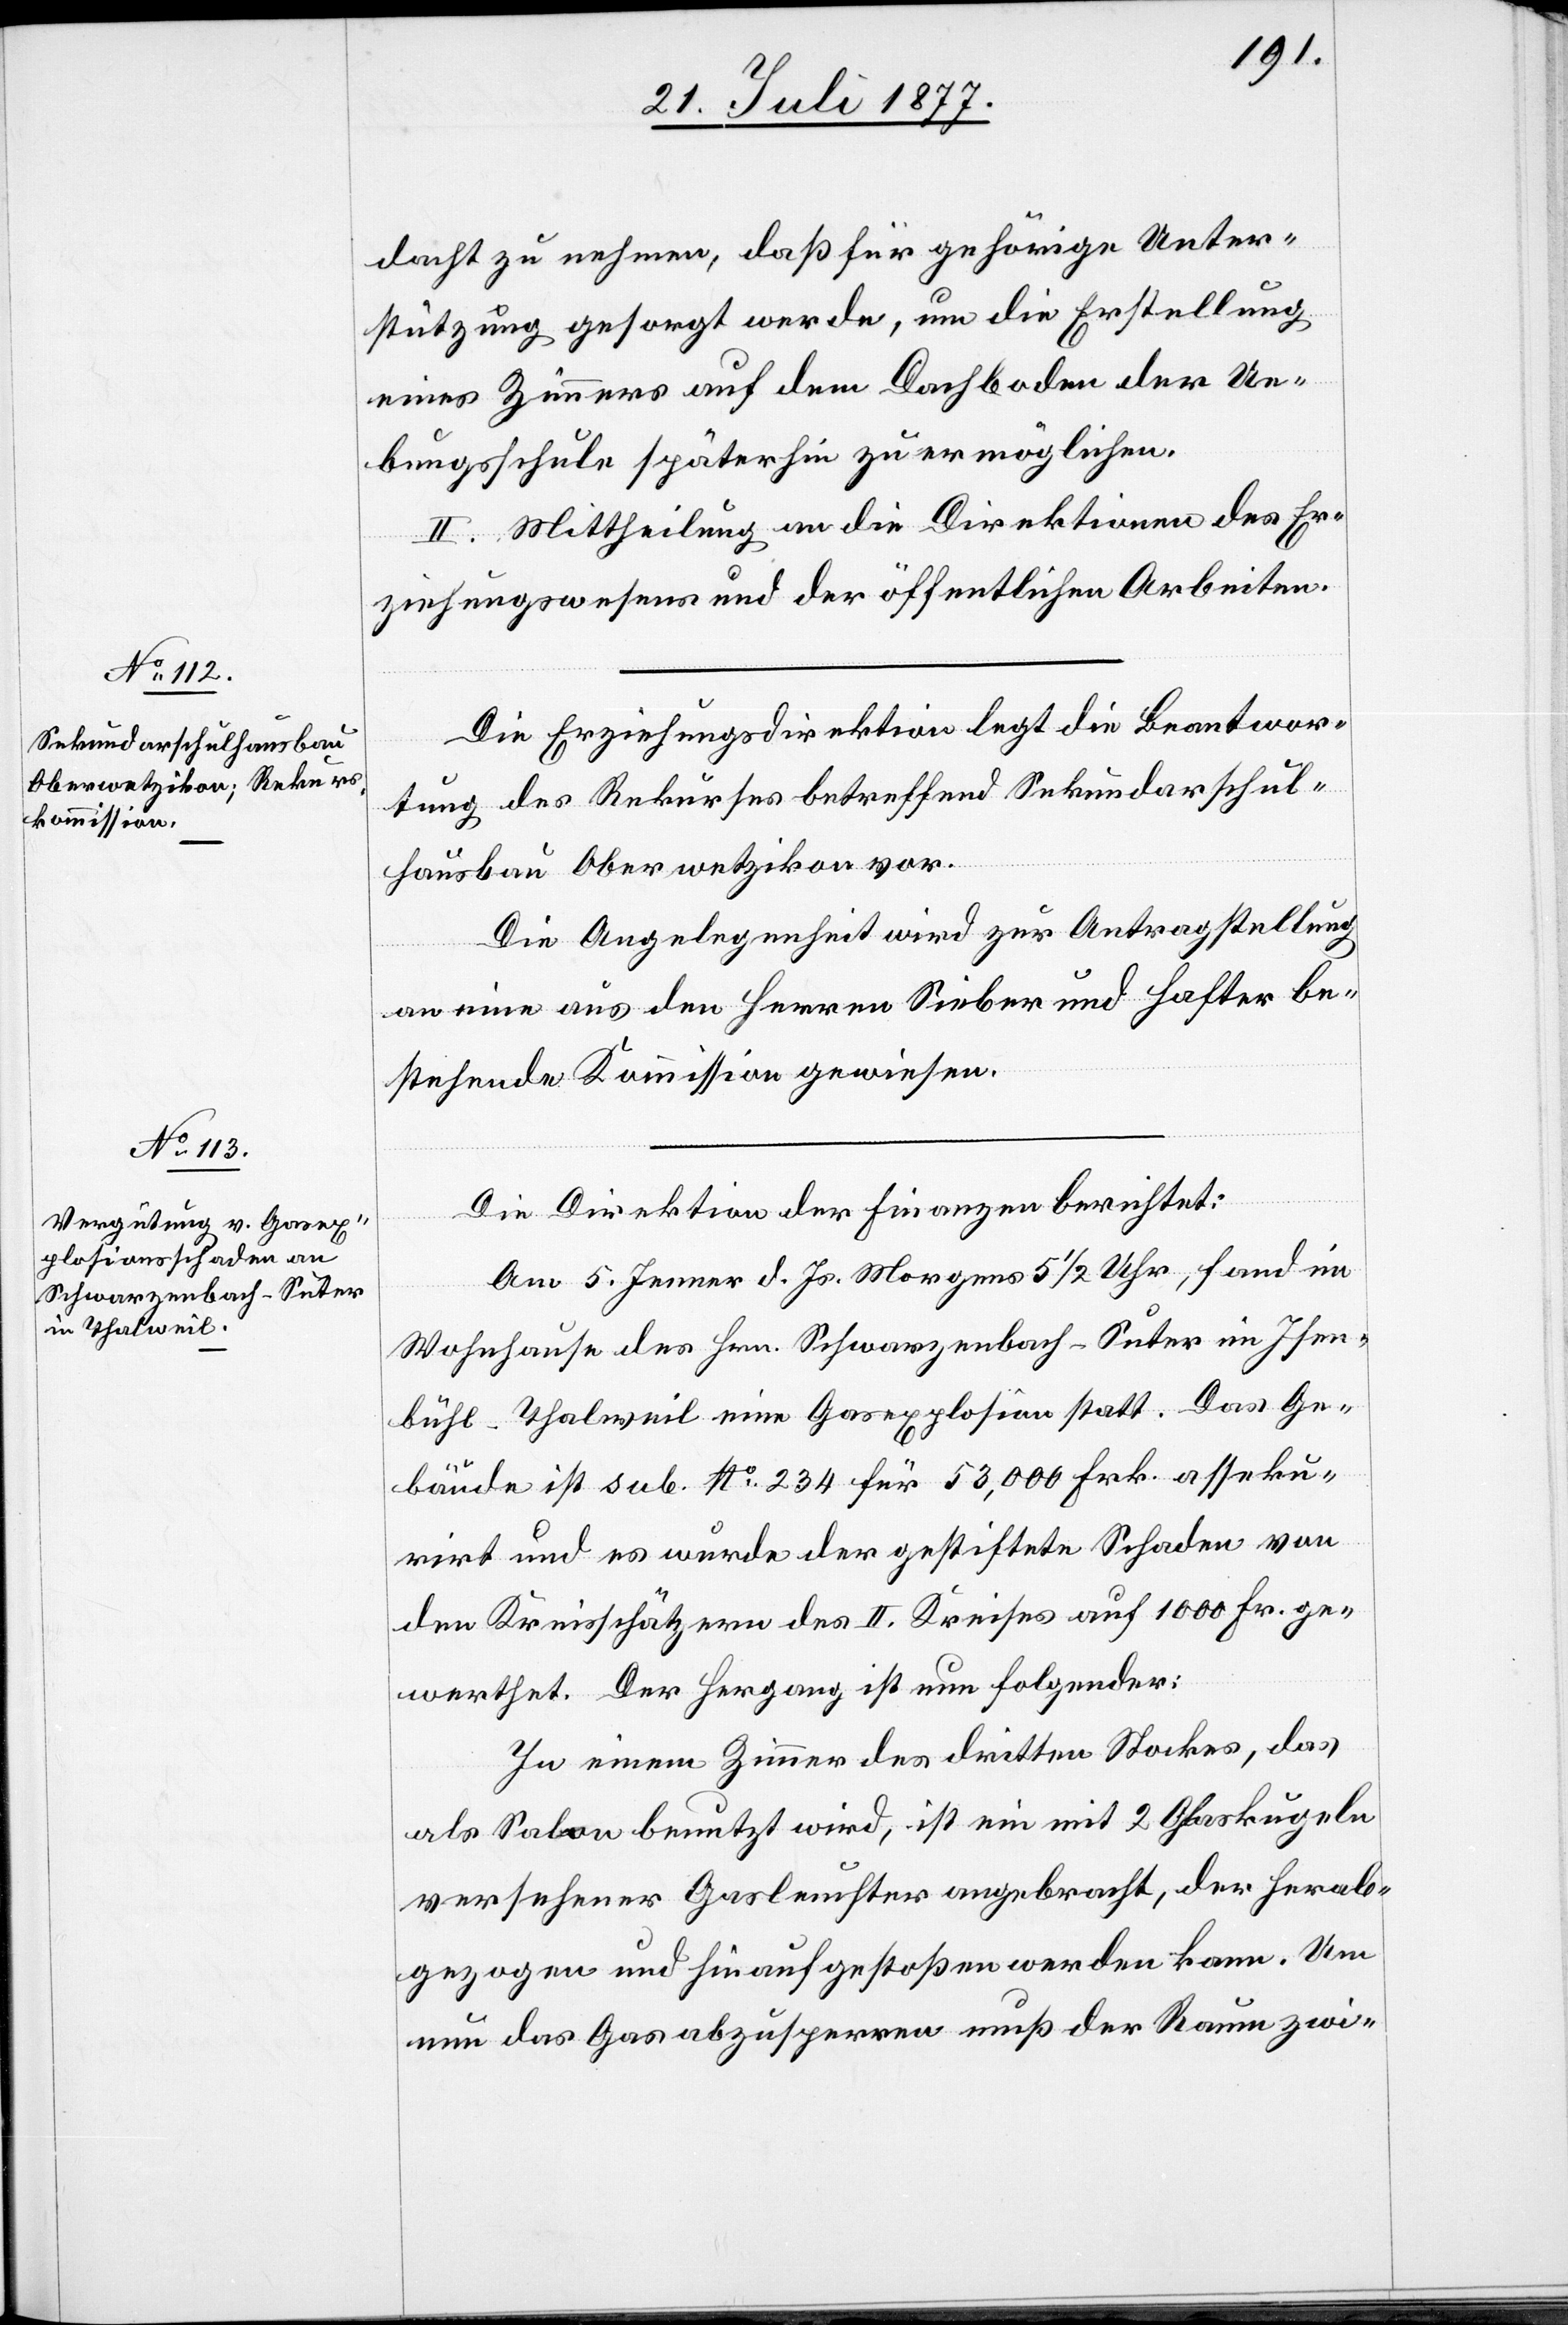
dacht zu nehmen, daß für gehörige Unter¬
stützung gesorgt werde, um die Erstellung
eines Zimmers auf dem Dachboden der Ue¬
bungsschule späterhin zu ermöglichen.
II. Mittheilung an die Direktionen des Er¬
ziehungswesens und der öffentlichen Arbeiten.
Die Erziehungsdirektion legt die Beantwor¬
tung des Rekurses betreffend Sekundarschul¬
hausbau Oberwetzikon vor.
Die Angelegenheit wird zur Antragstellung
an eine aus den Herren Sieber und Hafter be¬
stehende Kommission gewiesen.
Die Direktion der Finanzen berichtet:
Am 5. Jenner d. Js. Morgens 5 1/2 Uhr, fand im
Wohnhause des Hrn. Schwarzenbach-Suter im Isen¬
bühl - Thalweil eine Gasexplosion statt. Das Ge¬
bäude ist sub No 234 für 53,000 Frk. asseku¬
rirt und es wurde der gestiftete Schaden von
den Kreisschätzern des II. Kreises auf 1000 Fr. ge¬
werthet. Der Hergang ist nun folgender:
In einem Zimmer des dritten Stockes, das
als Salon benutzt wird, ist ein mit 2 Glaskugeln
versehener Gasleuchter angebracht, der herab¬
gezogen und hinaufgestoßen werden kann. Um
nun das Gas abzusperren muß der Raum zwi-